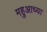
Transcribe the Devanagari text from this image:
महुआच्या